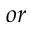
o r